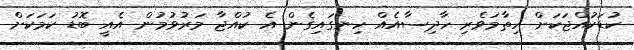
ކުޑަކުއްޖަކަށް ހިތާމަވެރި ހާދިސާއެއް ހިނގައިގެން އެ ކުއްޖާ މަރުވުމުން އެއީ ބޮޑު ކަމަކަށް